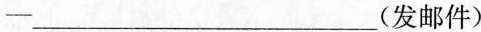
—___(发邮件)